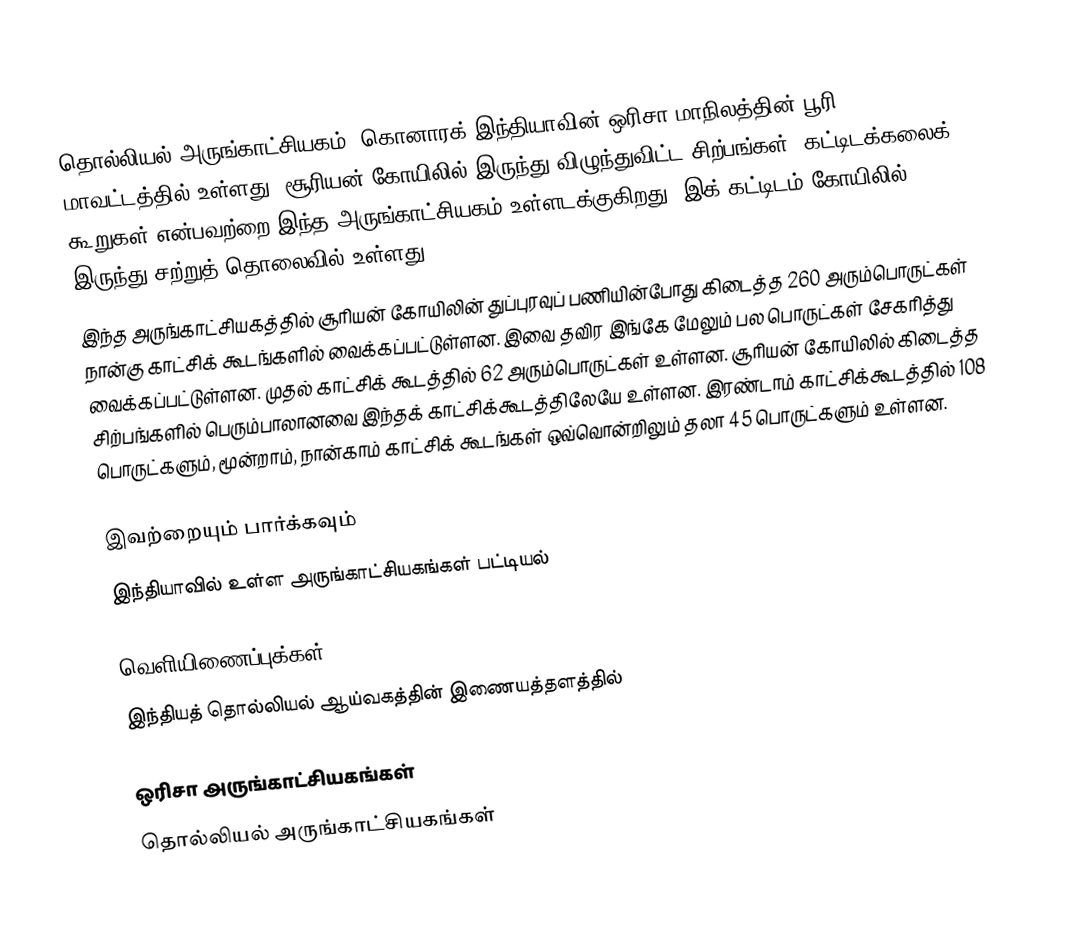
தொல்லியல் அருங்காட்சியகம், கொனாரக் இந்தியாவின் ஒரிசா மாநிலத்தின் பூரி மாவட்டத்தில் உள்ளது. சூரியன் கோயிலில் இருந்து விழுந்துவிட்ட சிற்பங்கள், கட்டிடக்கலைக் கூறுகள் என்பவற்றை இந்த அருங்காட்சியகம் உள்ளடக்குகிறது. இக் கட்டிடம் கோயிலில் இருந்து சற்றுத் தொலைவில் உள்ளது.
இந்த அருங்காட்சியகத்தில் சூரியன் கோயிலின் துப்புரவுப் பணியின்போது கிடைத்த 260 அரும்பொருட்கள் நான்கு காட்சிக் கூடங்களில் வைக்கப்பட்டுள்ளன. இவை தவிர இங்கே மேலும் பல பொருட்கள் சேகரித்து வைக்கப்பட்டுள்ளன. முதல் காட்சிக் கூடத்தில் 62 அரும்பொருட்கள் உள்ளன. சூரியன் கோயிலில் கிடைத்த சிற்பங்களில் பெரும்பாலானவை இந்தக் காட்சிக்கூடத்திலேயே உள்ளன. இரண்டாம் காட்சிக்கூடத்தில் 108 பொருட்களும், மூன்றாம், நான்காம் காட்சிக் கூடங்கள் ஒவ்வொன்றிலும் தலா 45 பொருட்களும் உள்ளன.

இவற்றையும் பார்க்கவும்
 இந்தியாவில் உள்ள அருங்காட்சியகங்கள் பட்டியல்

வெளியிணைப்புக்கள்
 இந்தியத் தொல்லியல் ஆய்வகத்தின் இணையத்தளத்தில்

ஒரிசா அருங்காட்சியகங்கள்
தொல்லியல் அருங்காட்சியகங்கள்